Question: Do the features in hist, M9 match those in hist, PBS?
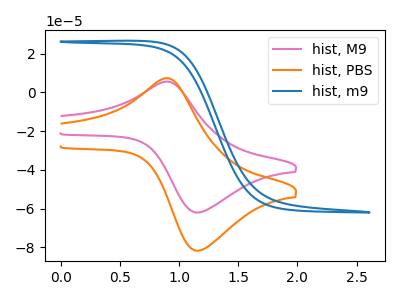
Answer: <think>The pink curve "hist, M9" has an anodic peak at (0.90V, 5.55uA) and a cathodic peak at (1.15V, -61.95uA). The orange curve "hist, PBS" has an anodic peak at (0.90V, 7.30uA) and a cathodic peak at (1.15V, -81.65uA). The blue curve "hist, m9" has no peaks.
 All the peaks in "hist, M9" have a peak in "hist, PBS" at the same potential. Every peak in "hist, M9" is lower than every peak in "hist, PBS".</think>
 <answer>"hist, M9" and "hist, PBS" are similar in shape.</answer>
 <eval>same_shape</eval>